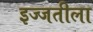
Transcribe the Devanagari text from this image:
इज्जतीला